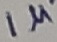
Text: 1µ